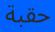
حقبة